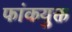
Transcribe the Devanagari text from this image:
फांकयुक्त